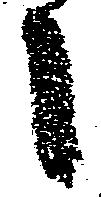
々